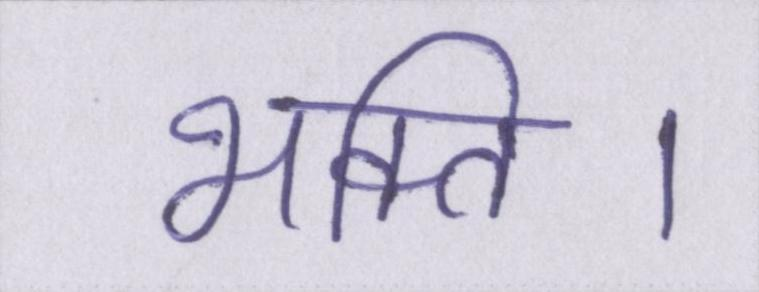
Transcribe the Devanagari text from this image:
भक्ति।